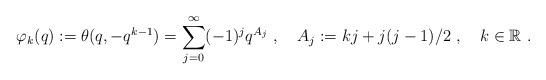
LaTeX: \begin{align*}\varphi _k(q):=\theta (q,-q^{k-1})=\sum _{j=0}^{\infty}(-1)^jq^{A_j}~,~~~ A_j:=kj+j(j-1)/2~,~~~k\in \mathbb{R}~.\end{align*}